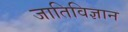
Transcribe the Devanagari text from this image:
जातिविज्ञान